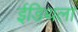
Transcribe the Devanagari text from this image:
ईडिथला